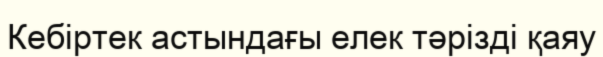
Кебіртек астындағы елек тәрізді қаяу